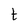
Character: t